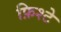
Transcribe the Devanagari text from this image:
फ़िश्टे